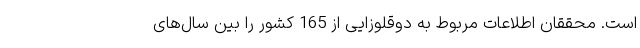
است. محققان اطلاعات مربوط به دوقلوزایی از 165 کشور را بین سال‌های